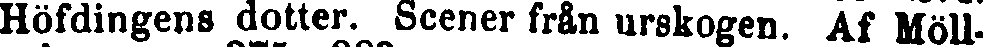
Höfdingens dotter. Scener från urskogen. Af Möll-